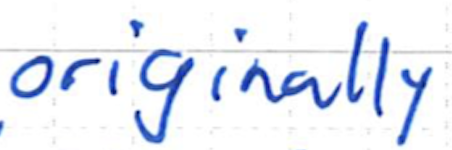
Text: originally
Cross-out: clean
Writing tool: ballpoint